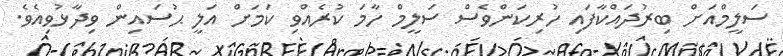
ސަލީމްއަށް ބިރުދައްކާފައި ހުރިކަންވެސް ސަލީމް ހާމަ ކުރެއްވި ކަމަށް އަލީ ޙުސައިން ވިދާޅުވިއެވެ.